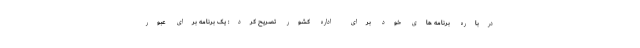
درباره برنامه های خود برای اداره کشور تصریح کرد: یک برنامه برای عبور